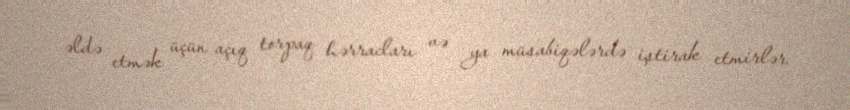
əldə etmək üçün açıq torpaq hərracları və ya müsabiqələrdə iştirak etmirlər.